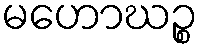
မဟောဃဉ္စ